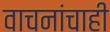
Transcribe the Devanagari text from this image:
वाचनांचाही